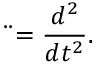
\ddot { } = \frac { d ^ { 2 } } { d t ^ { 2 } } .